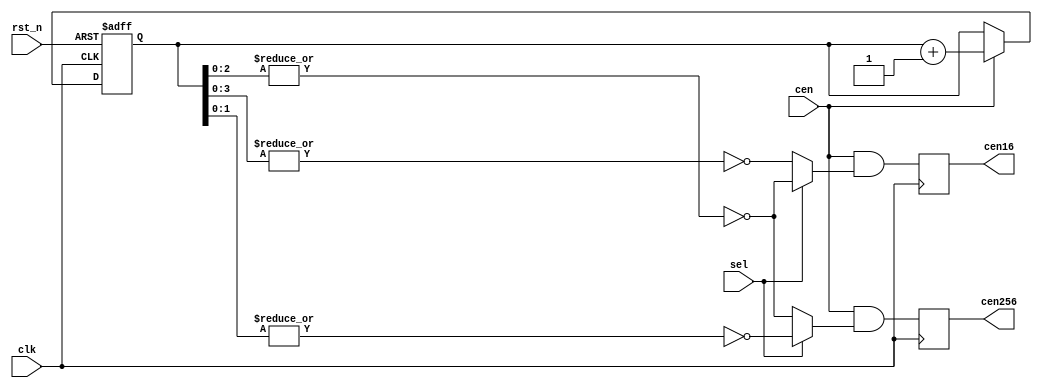
/*  This file is part of JT49.

    JT49 is free software: you can redistribute it and/or modify
    it under the terms of the GNU General Public License as published by
    the Free Software Foundation, either version 3 of the License, or
    (at your option) any later version.

    JT49 is distributed in the hope that it will be useful,
    but WITHOUT ANY WARRANTY; without even the implied warranty of
    MERCHANTABILITY or FITNESS FOR A PARTICULAR PURPOSE.  See the
    GNU General Public License for more details.

    You should have received a copy of the GNU General Public License
    along with JT49.  If not, see <http://www.gnu.org/licenses/>.
    
    Author: Jose Tejada Gomez. Twitter: @topapate
    Version: 1.0
    Date: 10-Nov-2018
    
    Based on sqmusic, by the same author
    
    */

module jt49_cen(
    input       clk,
    input       rst_n,
    input       cen,    // base clock enable signal
    input       sel,    // when low, divide by 2 once more
    output  reg cen16,
    output  reg cen256
);

reg [9:0] cencnt;
parameter CLKDIV = 3; // use 3 for standalone JT49 or 2
localparam eg = CLKDIV; //8;

wire toggle16 = sel ? ~|cencnt[CLKDIV-1:0] : ~|cencnt[CLKDIV:0];
wire toggle256= sel ? ~|cencnt[eg-2:0]     : ~|cencnt[eg-1:0];


always @(posedge clk, negedge rst_n) begin
    if(!rst_n)
        cencnt <= 10'd0;
    else begin 
        if(cen) cencnt <= cencnt+10'd1;
    end
end

always @(posedge clk) begin
    cen16  <= cen & toggle16;
    cen256 <= cen & toggle256;
end


endmodule // jt49_cen